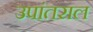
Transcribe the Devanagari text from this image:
उपांतराल